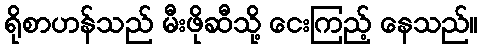
ရိုစာဟန်သည် မီးဖိုဆီသို့ ငေးကြည့် နေသည်။